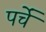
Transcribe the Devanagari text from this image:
पर्चें